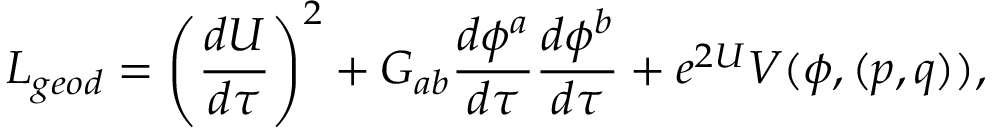
{ \cal L } _ { g e o d } = \left( { \frac { d U } { d \tau } } \right) ^ { 2 } + G _ { a b } { \frac { d \phi ^ { a } } { d \tau } } { \frac { d \phi ^ { b } } { d \tau } } + e ^ { 2 U } V ( \phi , ( p , q ) ) ,